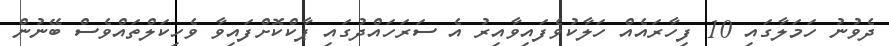
ދެވުނު ހަމަލާގައި 10 ފިހާރައެއް ހަލާކުވެފައިވާއިރު އެ ސަރަހައްދުގައި ޕާކްކޮށްފައިވާ ވެހިކަލްތައްވެސް ބޭނުން